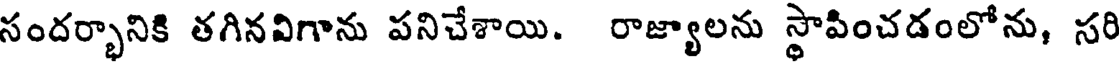
సందర్భానికి తగినవిగాను పనిచేశాయి. రాజ్యాలను స్థాపించడంలోను, సరి